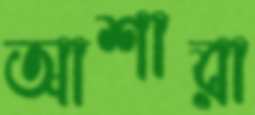
আশারা